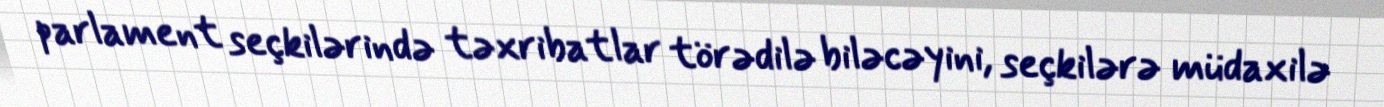
parlament seçkilərində təxribatlar törədilə biləcəyini, seçkilərə müdaxilə